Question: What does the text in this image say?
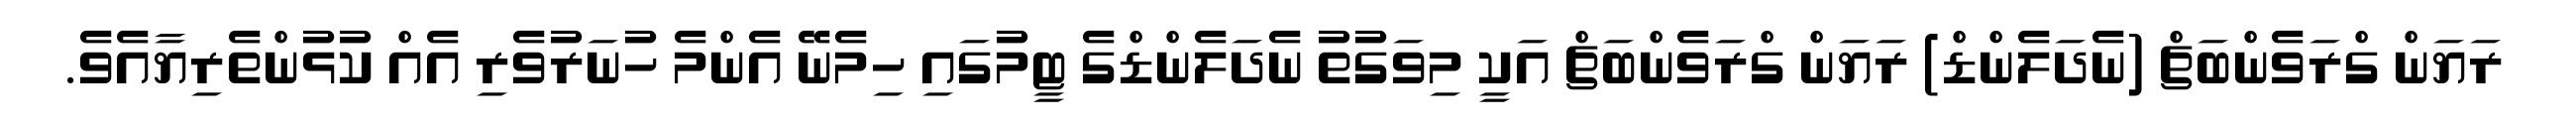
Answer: ރަޔަން ގްރަވެންބަޗް (ނެދަލެންޑް) ރަޔަން ގްރަވެންބަޗް އަކީ މިވަގުތު ނެދަލެންޑްގެ ޓީމުގައި ހިމެނޭ އެންމެ ހުނަރުވެރި އެއް ކުޅުންތެރިޔާއެވެ.